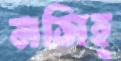
মসিহ্